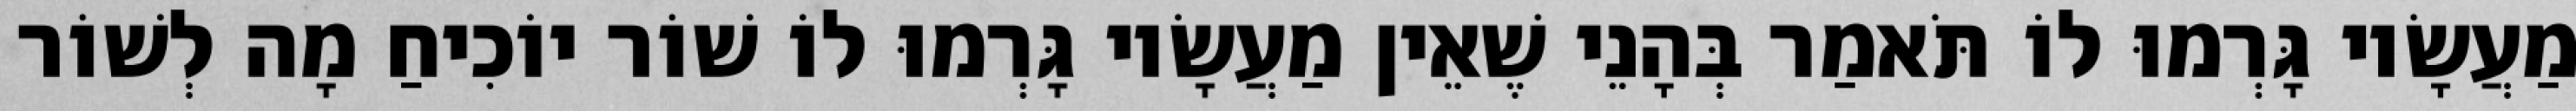
מַעֲשָׂיו גָּרְמוּ לוֹ תֹּאמַר בְּהָנֵי שֶׁאֵין מַעֲשָׂיו גָּרְמוּ לוֹ שׁוֹר יוֹכִיחַ מָה לְשׁוֹר